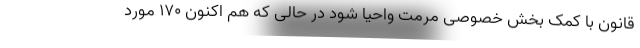
قانون با کمک بخش خصوصی مرمت واحیا شود در حالی که هم اکنون ۱۷۰ مورد